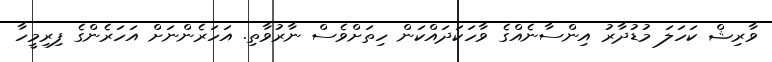
ވާރިޝް ކަހަލަ މުޑުދާރު އިންސާނެއްގެ ވާހަކަދައްކަން ހިތަށްވެސް ނާރުވާތި. އަހަރެންނަށް އަހަރެންގެ ފިރިމީހާ